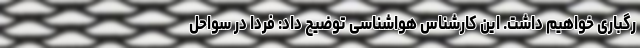
رگباری خواهیم داشت. این کارشناس هواشناسی توضیح داد: فردا در سواحل